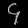
Digit: ၄